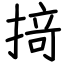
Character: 𢰤